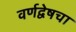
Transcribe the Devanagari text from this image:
वर्णद्वेषचा